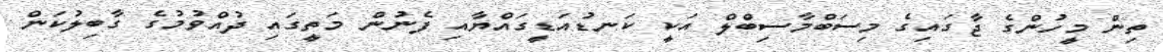
ތިން މީހުންގެ ޖާގައިގެ މިސަބްމާސިބްލް އަކީ ކަނޑުއަޑީގައްޔާއި ފެނުން މަތީގައި ދުއްވުމުގެ ގާބިލުކަން